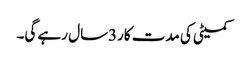
کمیٹی کی مدت کار3سال رہے گی۔